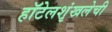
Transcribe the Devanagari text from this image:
हॉटेलशृंखलेची